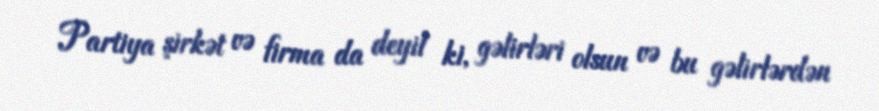
Partiya şirkət və firma da deyil ki, gəlirləri olsun və bu gəlirlərdən